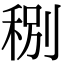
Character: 𥞲